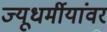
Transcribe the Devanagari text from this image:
ज्यूधर्मीयांवर